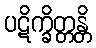
ပဋိက္ခိတ္တန္တိ